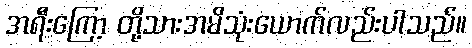
အရီးကြော့ တို့သားအမိသုံးယောက်လည်းပါသည်။